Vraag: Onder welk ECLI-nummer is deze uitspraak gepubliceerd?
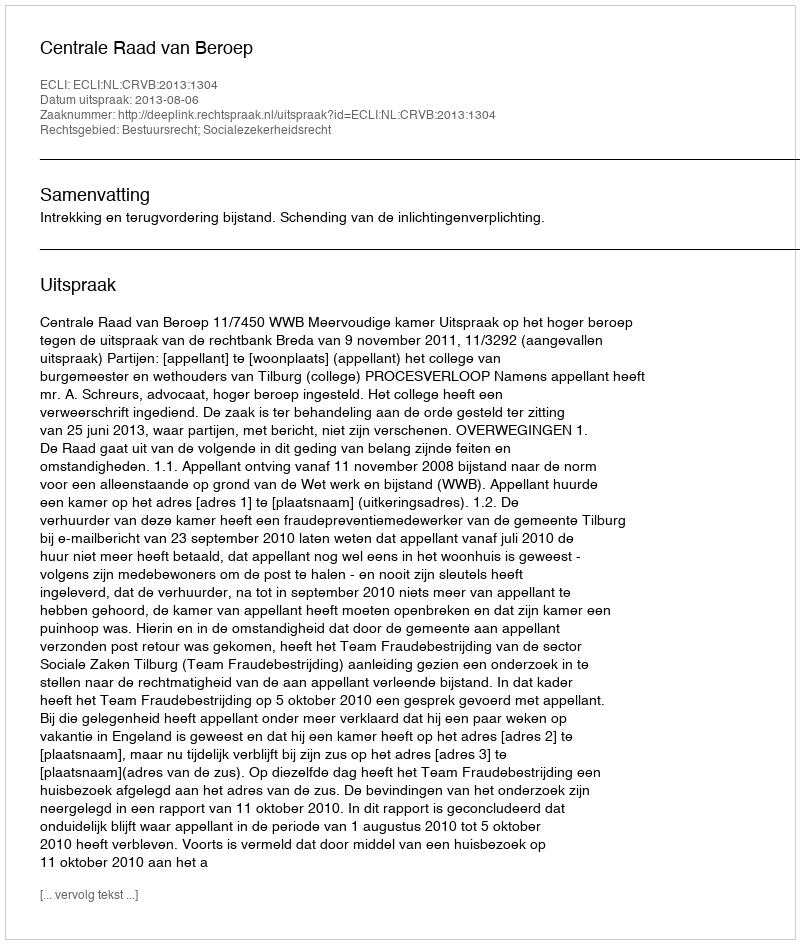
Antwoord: ECLI:NL:CRVB:2013:1304